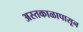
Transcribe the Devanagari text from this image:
अस्तकाळापासून